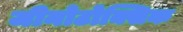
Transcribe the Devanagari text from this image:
जीनोटोक्सिक